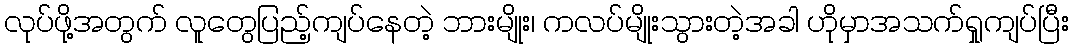
လုပ်ဖို့အတွက် လူတွေပြည့်ကျပ်နေတဲ့ ဘားမျိုး၊ ကလပ်မျိုးသွားတဲ့အခါ ဟိုမှာအသက်ရှုကျပ်ပြီး